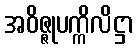
အဝိဇ္ဇုပက္ကိလိဋ္ဌာ